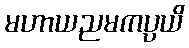
မဟာယညမကပ္ပယိ